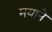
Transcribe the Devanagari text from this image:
मयाने